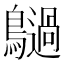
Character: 𪇍